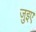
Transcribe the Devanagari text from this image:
जुइए